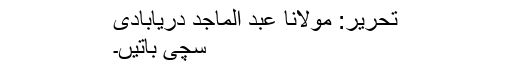
تحریر: مولانا عبد الماجد دریابادی
سچی باتیں۔